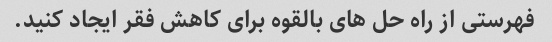
فهرستی از راه حل های بالقوه برای کاهش فقر ایجاد کنید.